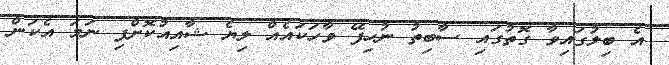
އެ ބިލުގައިވާ ގޮތުގައި ސާބިތު ނުހިފޭ ވާހަކައެއް ލިޔެ ޝާއިއުކޮށްފި ނަމަ އެކަން